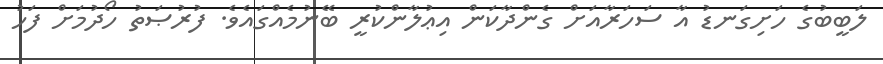
ލަބީބުގެ ހަށިގަނޑު އާ ސަހަރާއަށް ގެންދާކަން އިޢުލާންކުރީ ބޭނުމެއްގައެވެ. ފުރުޞަތު ހޯދުމަށް ފަހު